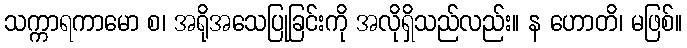
သက္ကာရကာမော စ၊ အရိုအသေပြုခြင်းကို အလိုရှိသည်လည်း။ န ဟောတိ၊ မဖြစ်။